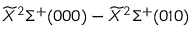
\widetilde { X } ^ { 2 } \Sigma ^ { + } ( 0 0 0 ) - \widetilde { X } ^ { 2 } \Sigma ^ { + } ( 0 1 0 )